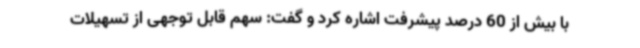
با بیش از 60 درصد پیشرفت اشاره کرد و گفت: سهم قابل توجهی از تسهیلات